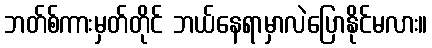
ဘတ်စ်ကားမှတ်တိုင် ဘယ်နေရာမှာလဲပြောနိုင်မလား။